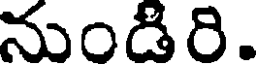
నుండిరి.